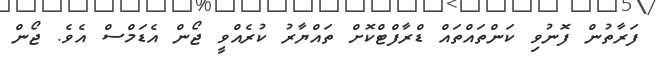
ފަރާތުން ފޮނުވި ކަންތައްތައް ޑްރާފްޓްކޮށް ތައްޔާރު ކުރެއްވީ ޖޯން އެޑަމްސް އެވެ. ޖޯން